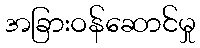
အခြားဝန်ဆောင်မှု